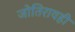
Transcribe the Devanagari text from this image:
जोतिरावही